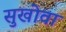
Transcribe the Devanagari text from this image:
सुखोवा